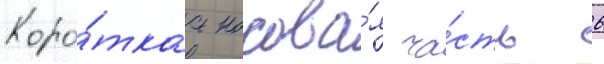
Коро́ткаа носова́я ча́сть 6